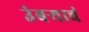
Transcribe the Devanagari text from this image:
उंबऱ्याचं